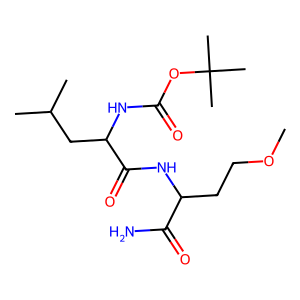
SMILES: COCCC(NC(=O)C(CC(C)C)NC(=O)OC(C)(C)C)C(N)=O
Inhibits HIV replication: No